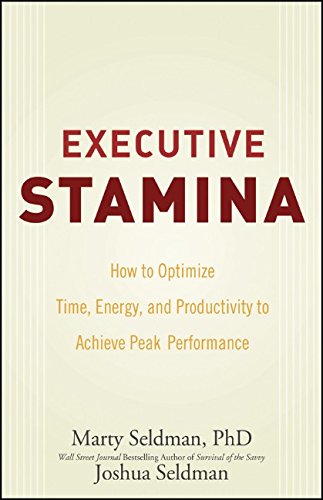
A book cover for Executive Stamina: How to Optimize Time, Energy, and Productivity to Achieve Peak Performance; Marty Seldman; Business & Money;